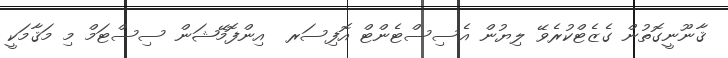
ޤާނޫނީގޮތުން ގެޒެޓްކުރެވޭ ލިޔުން އެސިސްޓެންޓް އޮފިސަރ  އިންފޮމޭޝަން ސިސްޓަމް މި މަޤާމަކީ